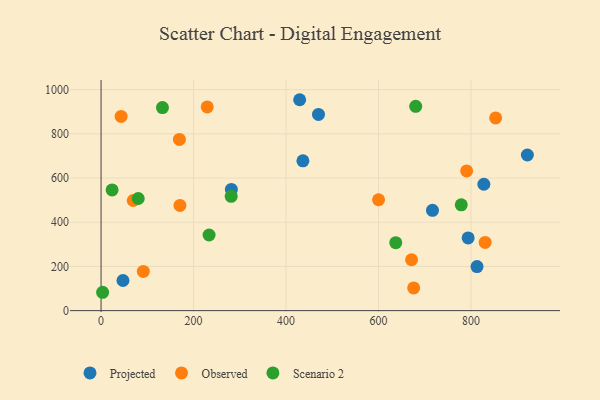
{"axis": {"x": "Experience", "y": "Yield"}, "legend": ["Observed", "Projected", "Scenario 2"], "data": [{"x": "827.8", "y": 571.9, "type": "Projected"}, {"x": "793.8", "y": 329.1, "type": "Projected"}, {"x": "716.7", "y": 453.7, "type": "Projected"}, {"x": "470.2", "y": 887.9, "type": "Projected"}, {"x": "436.5", "y": 677.8, "type": "Projected"}, {"x": "281.8", "y": 548.3, "type": "Projected"}, {"x": "813.0", "y": 199.2, "type": "Projected"}, {"x": "429.5", "y": 954.2, "type": "Projected"}, {"x": "921.9", "y": 704.1, "type": "Projected"}, {"x": "47.4", "y": 136.4, "type": "Projected"}, {"x": "229.6", "y": 921.6, "type": "Observed"}, {"x": "69.5", "y": 498.2, "type": "Observed"}, {"x": "600.1", "y": 501.6, "type": "Observed"}, {"x": "91.4", "y": 177.3, "type": "Observed"}, {"x": "853.3", "y": 871.8, "type": "Observed"}, {"x": "43.4", "y": 878.5, "type": "Observed"}, {"x": "830.6", "y": 308.4, "type": "Observed"}, {"x": "790.6", "y": 632.3, "type": "Observed"}, {"x": "671.5", "y": 230.3, "type": "Observed"}, {"x": "169.4", "y": 774.4, "type": "Observed"}, {"x": "676.0", "y": 102.9, "type": "Observed"}, {"x": "170.6", "y": 476.1, "type": "Observed"}, {"x": "233.6", "y": 342.2, "type": "Scenario 2"}, {"x": "132.8", "y": 918.9, "type": "Scenario 2"}, {"x": "3.4", "y": 83.1, "type": "Scenario 2"}, {"x": "281.4", "y": 517.2, "type": "Scenario 2"}, {"x": "80.4", "y": 507.4, "type": "Scenario 2"}, {"x": "680.4", "y": 924.2, "type": "Scenario 2"}, {"x": "637.3", "y": 307.5, "type": "Scenario 2"}, {"x": "23.9", "y": 546.2, "type": "Scenario 2"}, {"x": "778.9", "y": 478.9, "type": "Scenario 2"}]}